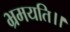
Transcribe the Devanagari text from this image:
भ्रमयति।।